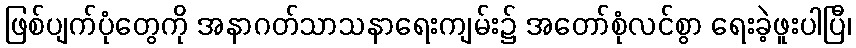
ဖြစ်ပျက်ပုံတွေကို အနာဂတ်သာသနာရေးကျမ်း၌ အတော်စုံလင်စွာ ရေးခဲ့ဖူးပါပြီ၊